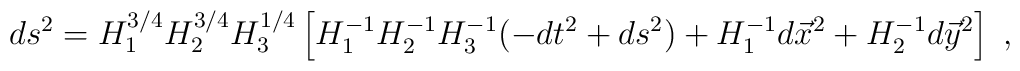
ds^{2} = H_{1}^{3/4}H_{2}^{3/4}H_{3}^{1/4} \left[ H_1^{-1}H_2^{-1}H_3^{-1}(-dt^2 + ds^{2}) + H_1^{-1} d{\vec{x}}^{2} + H_{2}^{-1} d{\vec{y}}^{2} \right] ~,